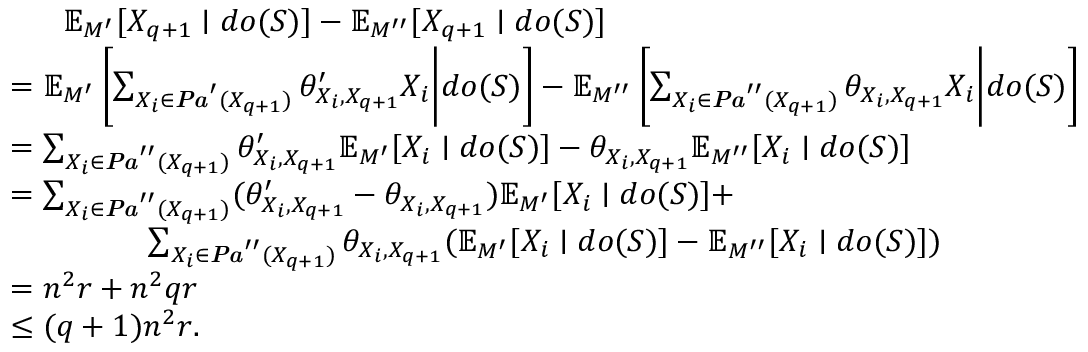
\begin{array} { r l } & { \ \ \ \ \ \mathbb { E } _ { M ^ { \prime } } [ X _ { q + 1 } \mid d o ( S ) ] - \mathbb { E } _ { M ^ { \prime \prime } } [ X _ { q + 1 } \mid d o ( S ) ] } \\ & { = \mathbb { E } _ { M ^ { \prime } } \left[ \sum _ { X _ { i } \in \boldsymbol { \it P a } ^ { \prime } ( X _ { q + 1 } ) } \theta _ { X _ { i } , X _ { q + 1 } } ^ { \prime } X _ { i } \Bigg | d o ( S ) \right] - \mathbb { E } _ { M ^ { \prime \prime } } \left[ \sum _ { X _ { i } \in \boldsymbol { \it P a } ^ { \prime \prime } ( X _ { q + 1 } ) } \theta _ { X _ { i } , X _ { q + 1 } } X _ { i } \Bigg | d o ( S ) \right] } \\ & { = \sum _ { X _ { i } \in \boldsymbol { \it P a } ^ { \prime \prime } ( X _ { q + 1 } ) } \theta _ { X _ { i } , X _ { q + 1 } } ^ { \prime } \mathbb { E } _ { M ^ { \prime } } [ X _ { i } \mid d o ( S ) ] - \theta _ { X _ { i } , X _ { q + 1 } } \mathbb { E } _ { M ^ { \prime \prime } } [ X _ { i } \mid d o ( S ) ] } \\ & { = \sum _ { X _ { i } \in \boldsymbol { \it P a } ^ { \prime \prime } ( X _ { q + 1 } ) } ( \theta _ { X _ { i } , X _ { q + 1 } } ^ { \prime } - \theta _ { X _ { i } , X _ { q + 1 } } ) \mathbb { E } _ { M ^ { \prime } } [ X _ { i } \mid d o ( S ) ] + } \\ & { \ \ \ \ \ \ \ \ \ \ \ \ \ \sum _ { X _ { i } \in \boldsymbol { \it P a } ^ { \prime \prime } ( X _ { q + 1 } ) } \theta _ { X _ { i } , X _ { q + 1 } } ( \mathbb { E } _ { M ^ { \prime } } [ X _ { i } \mid d o ( S ) ] - \mathbb { E } _ { M ^ { \prime \prime } } [ X _ { i } \mid d o ( S ) ] ) } \\ & { = n ^ { 2 } r + n ^ { 2 } q r } \\ & { \le ( q + 1 ) n ^ { 2 } r . } \end{array}